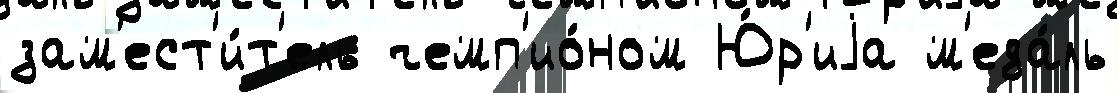
зам'ест'и́т'ель чемп'ио́ном Ю́р'иjа м'еда́ль